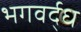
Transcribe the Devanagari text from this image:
भगवर्द्ध